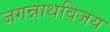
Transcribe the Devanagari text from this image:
जगन्नाथविजय